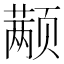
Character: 颟